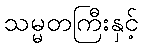
သမ္မတကြီးနှင့်